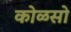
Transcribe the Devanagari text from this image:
कोळसो